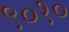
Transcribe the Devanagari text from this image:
९०१०